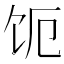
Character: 𬲩